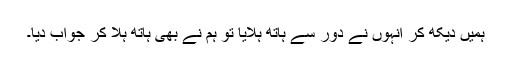
ہمیں دیکھ کر انہوں نے دور سے ہاتھ ہلایا تو ہم نے بھی ہاتھ ہلا کر جواب دیا۔